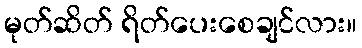
မုတ်ဆိတ် ရိတ်ပေးစေချင်လား။